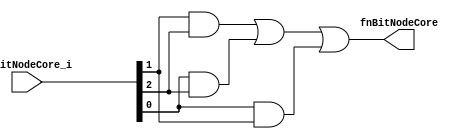
//
// Generated by Bluespec Compiler, version 2018.10.beta1 (build e1df8052c, 2018-10-17)
//
// On Sat Apr 27 13:13:11 IST 2019
//
//
// Ports:
// Name                         I/O  size props
// fnBitNodeCore                  O     1
// fnBitNodeCore_i                I     3
//
// Combinational paths from inputs to outputs:
//   fnBitNodeCore_i -> fnBitNodeCore
//
//

`ifdef BSV_ASSIGNMENT_DELAY
`else
  `define BSV_ASSIGNMENT_DELAY
`endif

`ifdef BSV_POSITIVE_RESET
  `define BSV_RESET_VALUE 1'b1
  `define BSV_RESET_EDGE posedge
`else
  `define BSV_RESET_VALUE 1'b0
  `define BSV_RESET_EDGE negedge
`endif

module module_fnBitNodeCore(fnBitNodeCore_i,
			    fnBitNodeCore);
  // value method fnBitNodeCore
  input  [2 : 0] fnBitNodeCore_i;
  output fnBitNodeCore;

  // signals for module outputs
  wire fnBitNodeCore;

  // remaining internal signals
  wire x__h27, x__h29, y__h28, y__h30;

  // value method fnBitNodeCore
  assign fnBitNodeCore = x__h27 | y__h28 ;

  // remaining internal signals
  assign x__h27 = x__h29 | y__h30 ;
  assign x__h29 = fnBitNodeCore_i[1] & fnBitNodeCore_i[2] ;
  assign y__h28 = fnBitNodeCore_i[0] & fnBitNodeCore_i[1] ;
  assign y__h30 = fnBitNodeCore_i[0] & fnBitNodeCore_i[2] ;
endmodule  // module_fnBitNodeCore